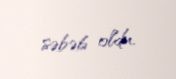
səbəb oldu.